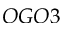
O G O 3